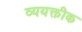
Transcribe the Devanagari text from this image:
व्ययक्तीक